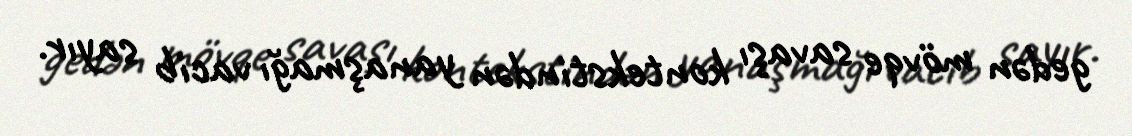
gedən mövqe savaşı kontekstindən yanaşmağı vacib sayır.